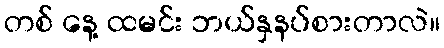
တစ် နေ့ ထမင်း ဘယ်နှနပ်စားတာလဲ။